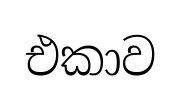
එකාව